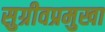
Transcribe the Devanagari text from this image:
सुग्रीवप्रमुखा